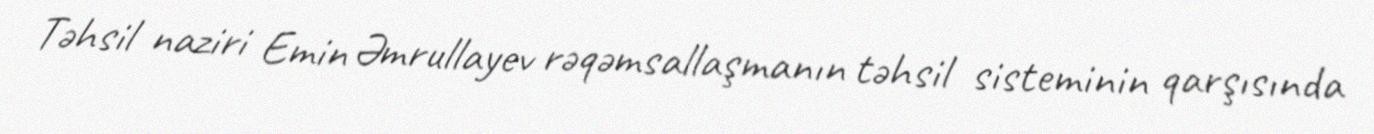
Təhsil naziri Emin Əmrullayev rəqəmsallaşmanın təhsil sisteminin qarşısında